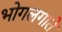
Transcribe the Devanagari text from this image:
भोगलगाते